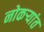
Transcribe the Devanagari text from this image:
नोकर्‍यांत